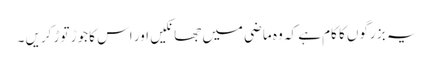
یہ بز رگوں کا کام ہے کہ وہ ماضی میں جھانکیں اور اس کا جوڑ توڑ کریں ۔